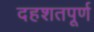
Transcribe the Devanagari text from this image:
दहशतपूर्ण